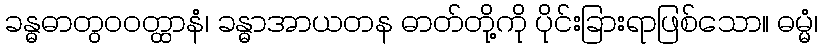
ခန္ဓဓာတွဝဝတ္ထာနံ၊ ခန္ဓာအာယတန ဓာတ်တို့ကို ပိုင်းခြားရာဖြစ်သော။ ဓမ္မံ၊